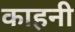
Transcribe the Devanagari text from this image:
काहनी